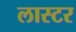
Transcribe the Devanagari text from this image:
लास्टर